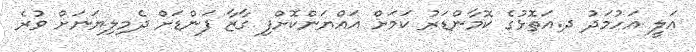
އަލީ އަހުމަދު ދ.އަތޮޅުގެ ކޮމާންޑަރު ކަމަށް އައްޔަންކޮށްފި ގާޒާ ފަންޑަށް ދެމިލިޔަނަށް ވުރެ